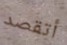
أتقصد